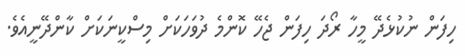
ހިފަން ނުކުޅެދޭ މީހާ ރޯދަ ހިފަން ޖެހޭ ކޮންމެ ދުވަހަކަށް މިސްކީނަކަށް ކާންދޭނީއެވެ.